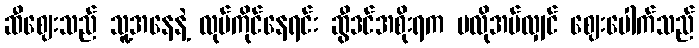
ဆီဈေးသည် သူ့အနေနဲ့ လုပ်ကိုင်နေရင်း ဆွီဒင်အစိုးရက မလိုအပ်လျှင် ဈေးပေါက်သည်